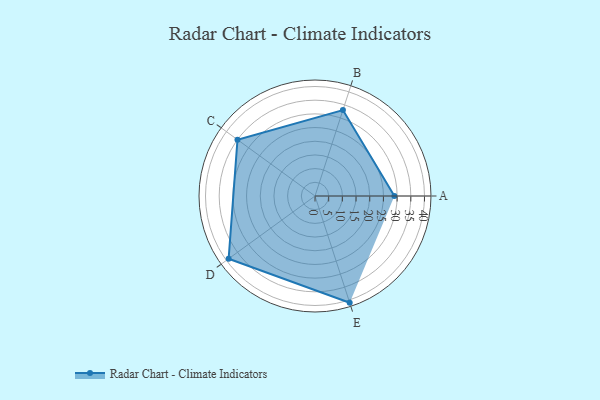
{"axis": {"x": "Skill", "y": "Score"}, "legend": ["Profile"], "data": [{"x": "A", "y": 29.0, "type": "Profile"}, {"x": "B", "y": 33.0, "type": "Profile"}, {"x": "C", "y": 35.0, "type": "Profile"}, {"x": "D", "y": 39.0, "type": "Profile"}, {"x": "E", "y": 41.0, "type": "Profile"}]}